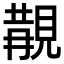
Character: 𧡔